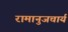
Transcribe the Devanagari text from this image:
रामानुजचार्य